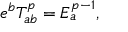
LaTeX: e ^ { b } { \cal T } _ { a b } ^ { p } = { \cal E } _ { a } ^ { p - 1 } ,